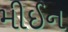
મીઈન